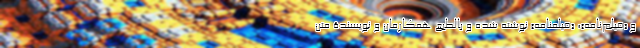
و «فیلم‌نامه»، «فیلمنامه» نوشته شده و بالطبع همکارمان و نویسندۀ متن